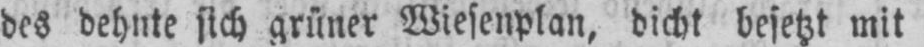
des dehnte sich grüner Wiesenplan, dicht besetzt mit